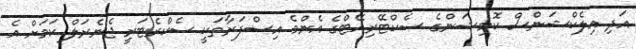
އަދި އިލެކްޝަންސް ކޮމިޝަންގެ ސެކްޓޭރިއޭޓްގެ އެންމެ އިސްފަރާތަކީ ސެކްރެޓަރީ ޖެނެރަލް ކަމަށް އެ